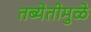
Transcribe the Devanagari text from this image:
तब्येतीमुळे